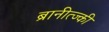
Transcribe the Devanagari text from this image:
ब्रानीत्ज्की